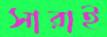
সারাই